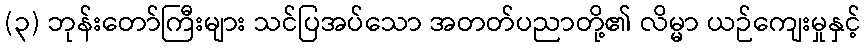
(၃) ဘုန်းတော်ကြီးများ သင်ပြအပ်သော အတတ်ပညာတို့၏ လိမ္မာ ယဉ်ကျေးမှုနှင့်